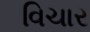
વિચાર